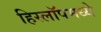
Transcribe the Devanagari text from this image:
हिस्लॉपमध्ये